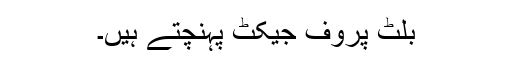
بلٹ پروف جیکٹ پہنچتے ہیں۔